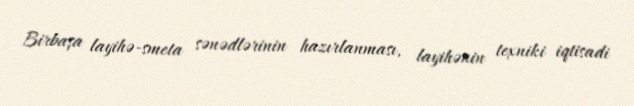
Birbaşa layihə-smeta sənədlərinin hazırlanması, layihənin texniki iqtisadi